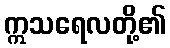
ဣသရေလတို့၏